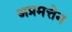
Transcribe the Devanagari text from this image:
अप्रमत्तेन